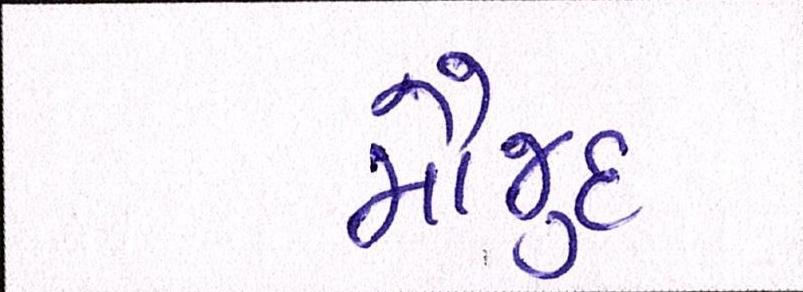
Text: મૌજુદ